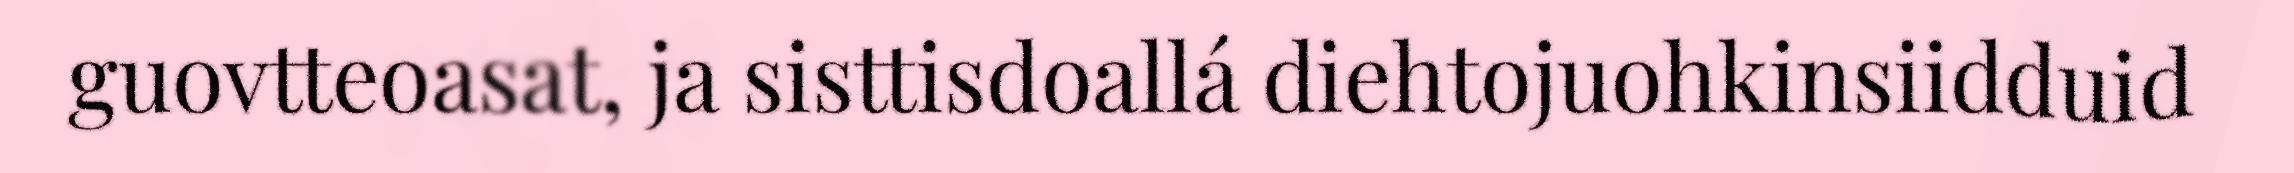
guovtteoasat, ja sisttisdoallá diehtojuohkinsiidduid